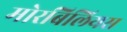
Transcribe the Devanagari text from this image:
मोरबिलियस